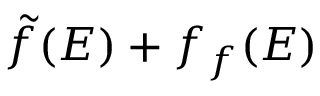
\tilde { f } ( { \cal E } ) + f _ { f } ( { \cal E } )